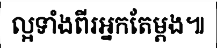
ល្អទាំងពីរអ្នកតែម្តង៕